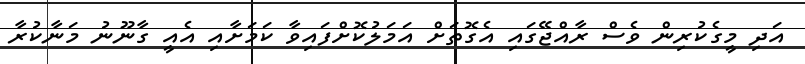
އަދި މީގެކުރިން ވެސް ރާއްޖޭގައި އެގޮތަށް އަމަލުކޮށްފައިވާ ކަމަށާއި އެއީ ގާނޫނު މަނާކުރާ